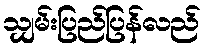
သျှမ်းပြည်ပြန်လည်